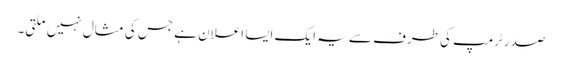
صدر ٹرمپ کی طرف سے یہ ایک ایسا اعلان ہے جس کی مثال نہیں ملتی۔